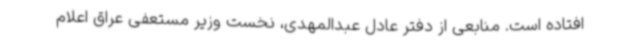
افتاده است. منابعی از دفتر عادل عبدالمهدی، نخست وزیر مستعفی عراق اعلام